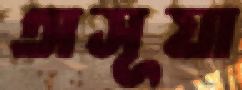
অসূয়া